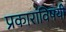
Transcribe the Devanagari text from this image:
प्रकारांविषयी